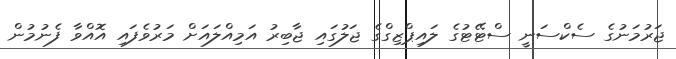
ޖަރުމަނުގެ ސެކްސަނީ ސްޓޭޓުގެ ލައިޕްޒިގްގެ ޖަލުގައި ޖާބިރު އަމިއްލައަށް މަރުވެފައި އޮއްވާ ފެނުމުން